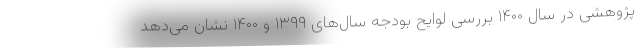
پژوهشی در سال ۱۴۰۰ بررسی لوایح بودجه سال‌های ۱۳۹۹ و ۱۴۰۰ نشان می‌دهد